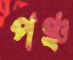
পঞ্চ